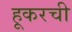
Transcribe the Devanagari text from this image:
हूकरची